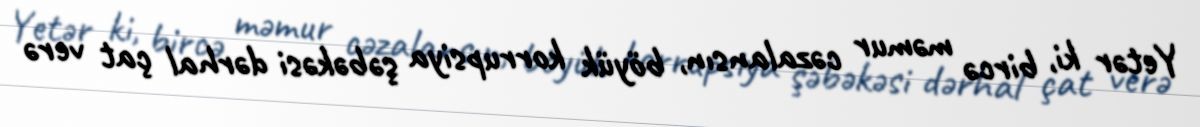
Yetər ki, bircə məmur cəzalansın, böyük korrupsiya şəbəkəsi dərhal çat verə